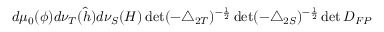
d \mu _ { 0 } ( \phi ) d \nu _ { T } ( \hat { h } ) d \nu _ { S } ( H ) \operatorname * { d e t } ( - \triangle _ { 2 T } ) ^ { - \frac { 1 } { 2 } } \operatorname * { d e t } ( - \triangle _ { 2 S } ) ^ { - \frac { 1 } { 2 } } \operatorname * { d e t } D _ { F P }